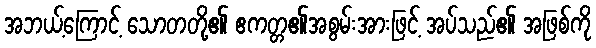
အဘယ့်ကြောင့် သောတတို့၏ ဧကတ္တ၏အစွမ်းအားဖြင့် အပ်သည်၏ အဖြစ်ကို